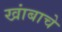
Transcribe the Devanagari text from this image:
खांबाचे